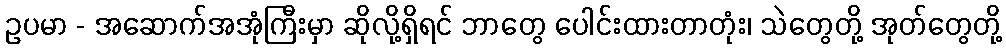
ဥပမာ - အဆောက်အအုံကြီးမှာ ဆိုလို့ရှိရင် ဘာတွေ ပေါင်းထားတာတုံး၊ သဲတွေတို့ အုတ်တွေတို့